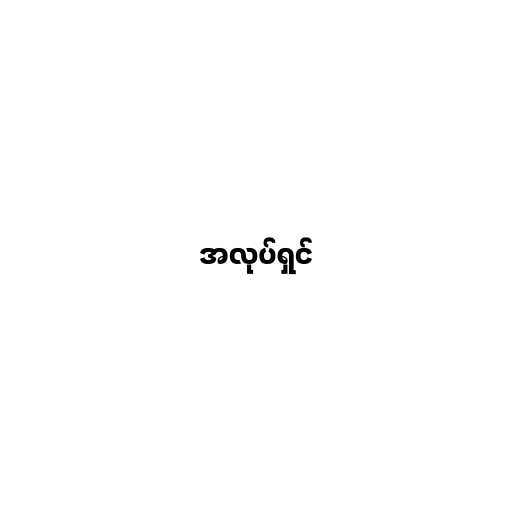
အလုပ်ရှင်